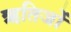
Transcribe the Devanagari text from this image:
ऋतिजों